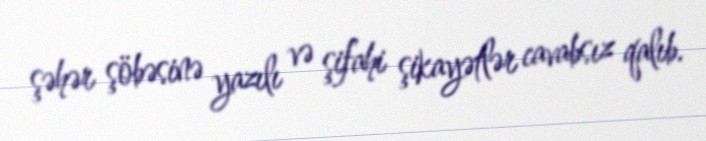
şəhər şöbəsinə yazılı və şifahi şikayətlər cavabsız qalıb.